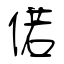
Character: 偌